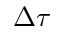
\Delta \tau